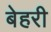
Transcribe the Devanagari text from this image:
बेहरी